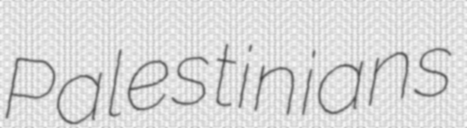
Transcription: Palestinians